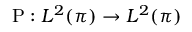
\operatorname { P } : L ^ { 2 } ( \pi ) \rightarrow L ^ { 2 } ( \pi )